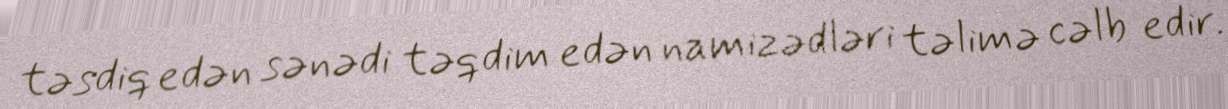
təsdiq edən sənədi təqdim edən namizədləri təlimə cəlb edir.